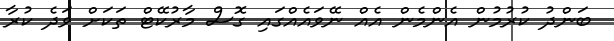
ބަންދު ކުރުމުން އެންމެން އެއް ނޭވައެއްގައި ގޮސް މާރުކޭޓް ތަކަށް ވަދެ ކުރާ